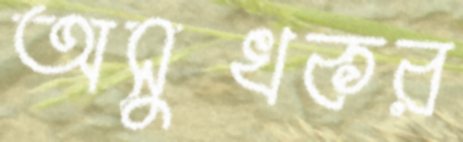
অসুখকর